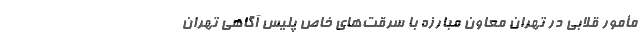
مأمور قلابی در تهران معاون مبارزه با سرقت‌های خاص پلیس آگاهی تهران